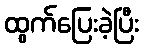
ထွက်ပြေးခဲ့ပြီး